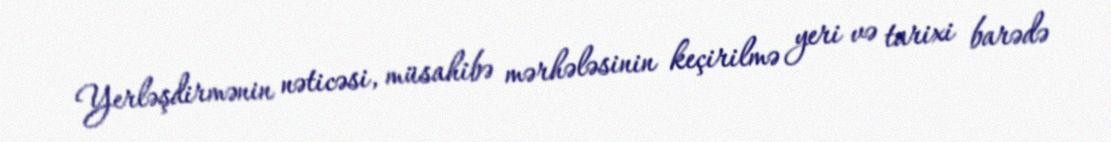
Yerləşdirmənin nəticəsi, müsahibə mərhələsinin keçirilmə yeri və tarixi barədə